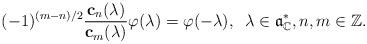
LaTeX: \begin{align*} (-1)^{(m-n)/2}\frac{\mathbf{c}_n(\lambda)}{\mathbf{c}_m(\lambda)} \varphi(\lambda)=\varphi(-\lambda), \;\; \lambda \in \mathfrak{a}^*_\mathbb{C}, n,m \in \mathbb{Z}.\end{align*}